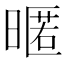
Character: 暱